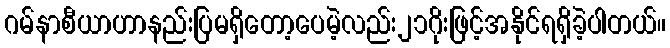
ဂမ်နာစီယာဟာနည်းပြမရှိတော့ပေမဲ့လည်း၂၁ဂိုးဖြင့်အနိုင်ရရှိခဲ့ပါတယ်။